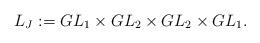
LaTeX: \begin{align*}L_J:=GL_1\times GL_2\times GL_2\times GL_1.\end{align*}